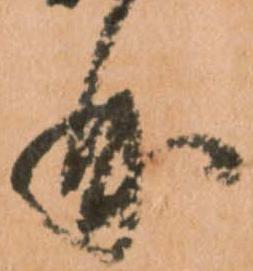
曲